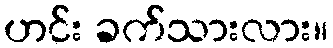
ဟင်း ခက်သားလား။